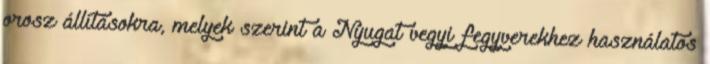
orosz állításokra, melyek szerint a Nyugat vegyi fegyverekhez használatos